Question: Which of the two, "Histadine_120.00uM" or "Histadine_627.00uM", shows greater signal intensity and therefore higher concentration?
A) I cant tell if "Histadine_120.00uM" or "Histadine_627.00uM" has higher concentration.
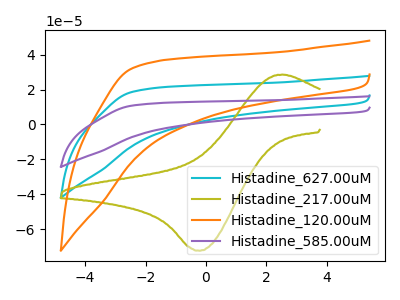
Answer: <think>The cyan curve "Histadine_627.00uM" has no peaks. The olive curve "Histadine_217.00uM" has an anodic peak at (2.55V, 28.60uA) and a cathodic peak at (-0.20V, -72.40uA). The orange curve "Histadine_120.00uM" has no peaks. The purple curve "Histadine_585.00uM" has no peaks.
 Neither "Histadine_120.00uM" or "Histadine_627.00uM" have any peaks.</think>
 <answer>A) I cant tell if "Histadine_120.00uM" or "Histadine_627.00uM" has higher concentration.</answer>
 <eval>A</eval>